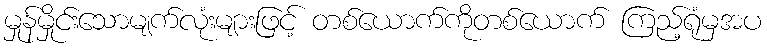
မှုန်မှိုင်းသောမျက်လုံးများဖြင့် တစ်ယောက်ကိုတစ်ယောက် ကြည့်ရုံမှအပ